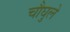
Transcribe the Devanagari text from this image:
चौघुले